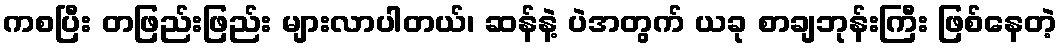
ကစပြီး တဖြည်းဖြည်း များလာပါတယ်၊ ဆန်နဲ့ ပဲအတွက် ယခု စာချဘုန်းကြီး ဖြစ်နေတဲ့